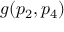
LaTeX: g ( p _ { 2 } , p _ { 4 } )